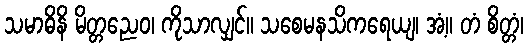
သမာဓိနိ မိတ္တညေဝ၊ ကိုသာလျှင်။ သစေမနသိကရေယျ၊ အံ့။ တံ စိတ္တံ၊